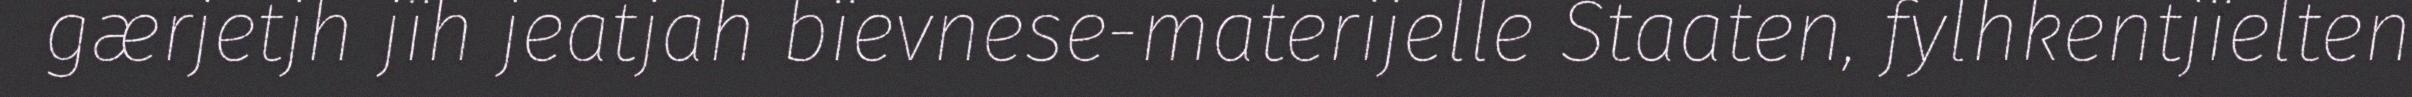
gærjetjh jïh jeatjah bïevnese-materijelle Staaten, fylhkentjïelten